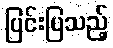
ပြင်းပြသည့်